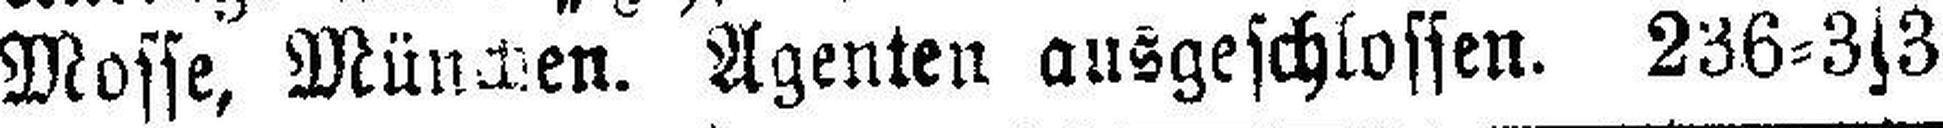
Mosse, München. Agenten ausgeschlossen. 236=3s3